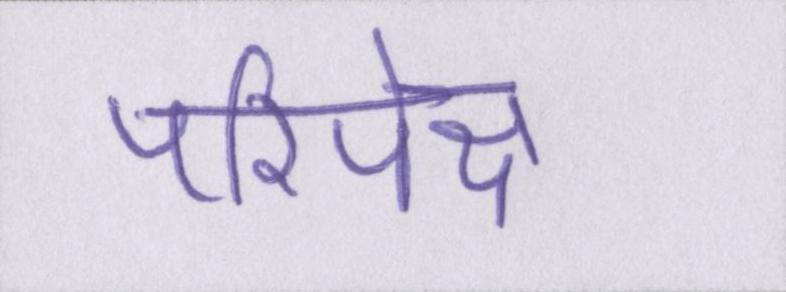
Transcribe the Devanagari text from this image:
परिपेक्ष